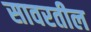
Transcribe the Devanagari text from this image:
सावरतील